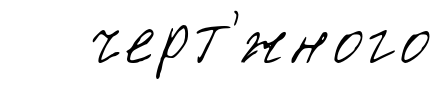
черт'́жного